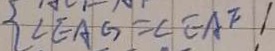
\angle E A G = \angle E A F 1